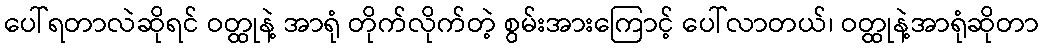
ပေါ်ရတာလဲဆိုရင် ဝတ္ထုနဲ့ အာရုံ တိုက်လိုက်တဲ့ စွမ်းအားကြောင့် ပေါ်လာတယ်၊ ဝတ္ထုနဲ့အာရုံဆိုတာ